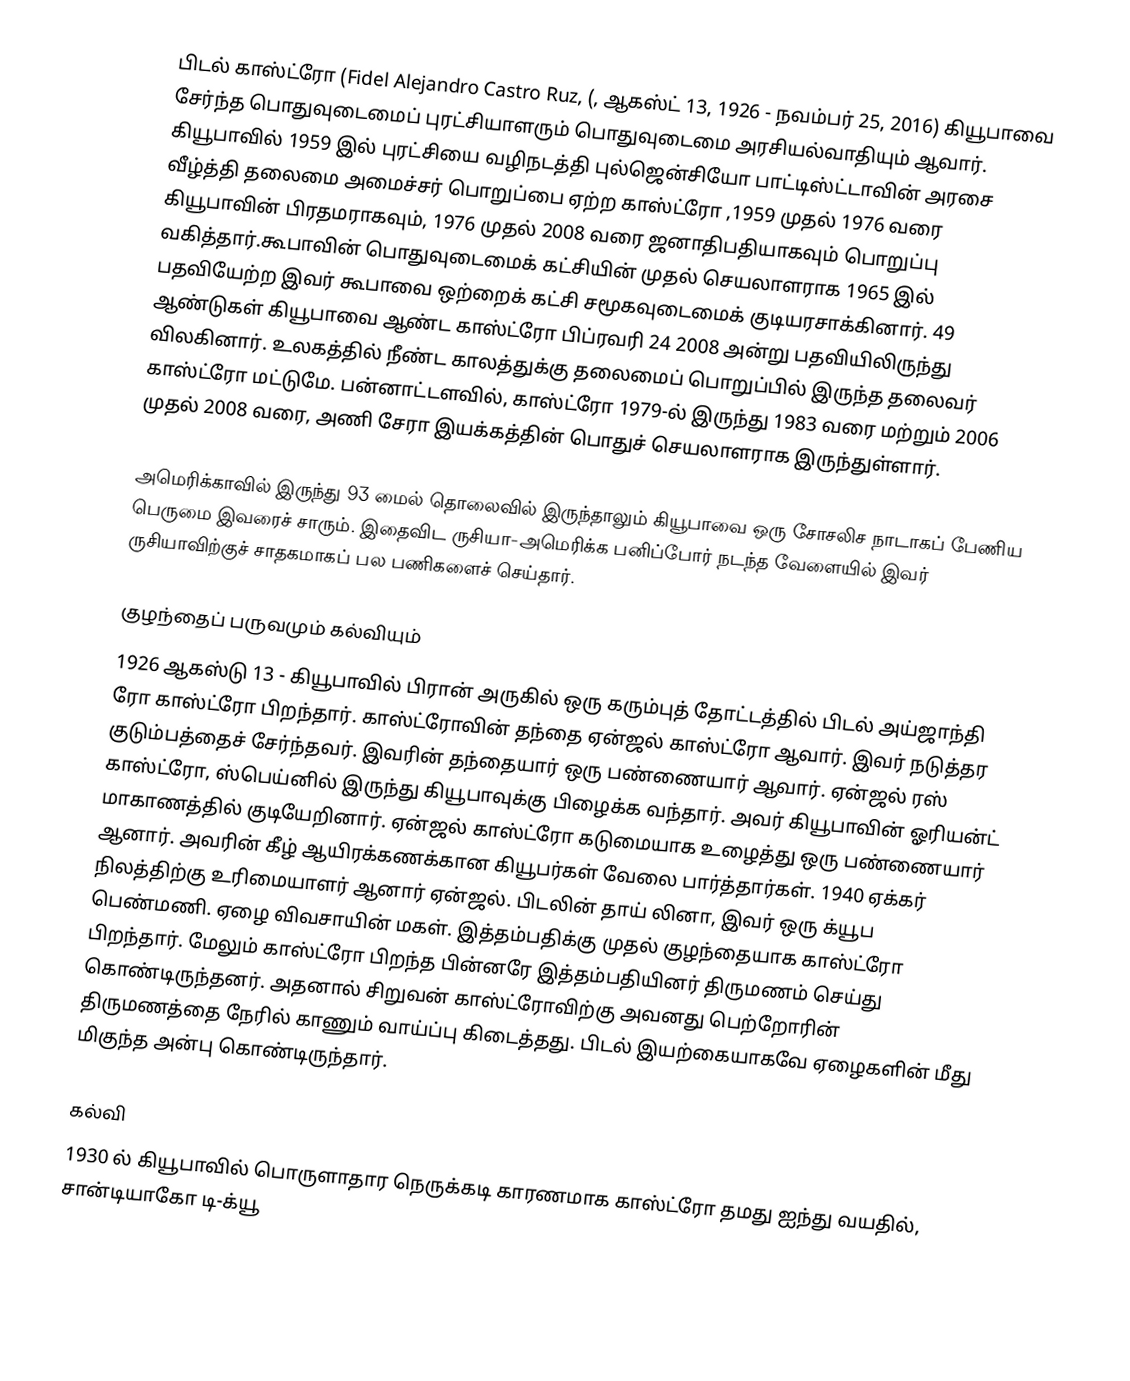
பிடல் காஸ்ட்ரோ (Fidel Alejandro Castro Ruz, (, ஆகஸ்ட் 13, 1926 -  நவம்பர் 25, 2016) கியூபாவை  சேர்ந்த பொதுவுடைமைப் புரட்சியாளரும் பொதுவுடைமை அரசியல்வாதியும் ஆவார். கியூபாவில் 1959 இல் புரட்சியை வழிநடத்தி புல்ஜென்சியோ பாட்டிஸ்ட்டாவின் அரசை வீழ்த்தி தலைமை அமைச்சர் பொறுப்பை ஏற்ற காஸ்ட்ரோ  ,1959 முதல் 1976 வரை கியூபாவின் பிரதமராகவும், 1976 முதல் 2008 வரை ஜனாதிபதியாகவும் பொறுப்பு வகித்தார்.கூபாவின் பொதுவுடைமைக் கட்சியின் முதல் செயலாளராக 1965 இல் பதவியேற்ற இவர் கூபாவை ஒற்றைக் கட்சி சமூகவுடைமைக் குடியரசாக்கினார். 49 ஆண்டுகள் கியூபாவை ஆண்ட காஸ்ட்ரோ பிப்ரவரி 24 2008 அன்று பதவியிலிருந்து விலகினார். உலகத்தில் நீண்ட காலத்துக்கு தலைமைப் பொறுப்பில் இருந்த தலைவர் காஸ்ட்ரோ மட்டுமே. பன்னாட்டளவில், காஸ்ட்ரோ 1979-ல் இருந்து 1983 வரை மற்றும் 2006 முதல் 2008 வரை, அணி சேரா இயக்கத்தின் பொதுச் செயலாளராக இருந்துள்ளார்.

அமெரிக்காவில் இருந்து 93 மைல் தொலைவில் இருந்தாலும் கியூபாவை ஒரு சோசலிச நாடாகப் பேணிய பெருமை இவரைச் சாரும். இதைவிட ருசியா-அமெரிக்க பனிப்போர் நடந்த வேளையில் இவர் ருசியாவிற்குச் சாதகமாகப் பல பணிகளைச் செய்தார்.

குழந்தைப் பருவமும் கல்வியும்
1926 ஆகஸ்டு 13 - கியூபாவில் பிரான் அருகில் ஒரு கரும்புத் தோட்டத்தில் பிடல் அய்ஜாந்தி ரோ காஸ்ட்ரோ  பிறந்தார். காஸ்ட்ரோவின் தந்தை ஏன்ஜல் காஸ்ட்ரோ ஆவார். இவர் நடுத்தர குடும்பத்தைச் சேர்ந்தவர். இவரின் தந்தையார் ஒரு பண்ணையார் ஆவார். ஏன்ஜல் ரஸ் காஸ்ட்ரோ, ஸ்பெய்னில் இருந்து கியூபாவுக்கு பிழைக்க வந்தார். அவர் கியூபாவின் ஓரியன்ட் மாகாணத்தில் குடியேறினார். ஏன்ஜல் காஸ்ட்ரோ கடுமையாக உழைத்து ஒரு பண்ணையார் ஆனார். அவரின் கீழ் ஆயிரக்கணக்கான கியூபர்கள் வேலை பார்த்தார்கள். 1940 ஏக்கர் நிலத்திற்கு உரிமையாளர் ஆனார் ஏன்ஜல். பிடலின் தாய் லினா, இவர் ஒரு க்யூப பெண்மணி. ஏழை விவசாயின் மகள். இத்தம்பதிக்கு முதல் குழந்தையாக காஸ்ட்ரோ பிறந்தார். மேலும் காஸ்ட்ரோ பிறந்த பின்னரே இத்தம்பதியினர் திருமணம் செய்து கொண்டிருந்தனர். அதனால் சிறுவன் காஸ்ட்ரோவிற்கு அவனது பெற்றோரின் திருமணத்தை நேரில் காணும் வாய்ப்பு கிடைத்தது. பிடல் இயற்கையாகவே ஏழைகளின் மீது மிகுந்த அன்பு கொண்டிருந்தார்.

கல்வி
1930 ல் கியூபாவில் பொருளாதார நெருக்கடி காரணமாக காஸ்ட்ரோ தமது  ஐந்து வயதில், சான்டியாகோ டி-க்யூ